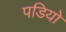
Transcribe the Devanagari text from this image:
पडियो